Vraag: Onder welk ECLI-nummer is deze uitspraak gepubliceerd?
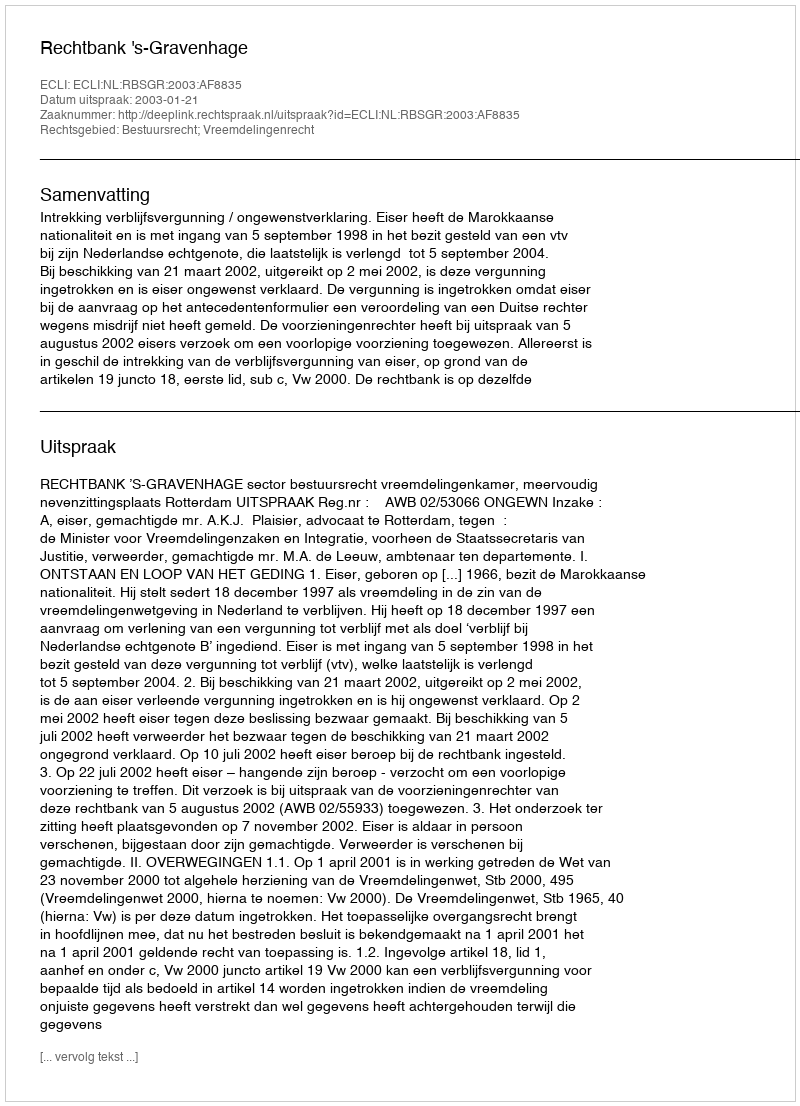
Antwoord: ECLI:NL:RBSGR:2003:AF8835